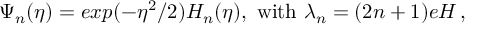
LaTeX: \Psi _ { n } ( \eta ) = e x p ( - \eta ^ { 2 } / 2 ) H _ { n } ( \eta ) , \, \, \mathrm { w i t h } \, \, \lambda _ { n } = ( 2 n + 1 ) e H \, ,